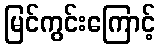
မြင်ကွင်းကြောင့်